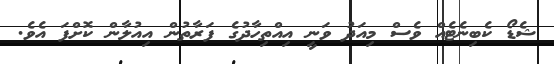
ޝެޑޯ ކެބިނެޓެއް ވެސް މިއަދު ވަނީ އިއްތިހާދުގެ ފަރާތުން އިއުލާން ކޮށްފަ އެވެ.